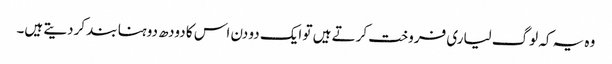
وہ یہ کہ لوگ لیاری فروخت کرتے ہیں تو ایک دو دن اس کا دودھ دوہنا بند کردیتے ہیں۔